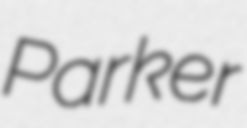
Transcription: Parker